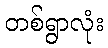
တစ်ရွာလုံး